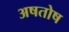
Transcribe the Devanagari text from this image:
अषतोष